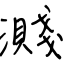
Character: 濺